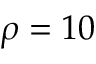
\rho = 1 0